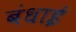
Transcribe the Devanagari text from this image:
बंधाई